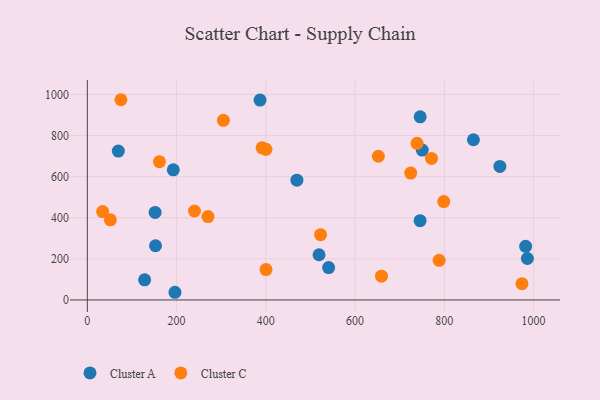
{"axis": {"x": "Speed", "y": "Sales"}, "legend": ["Cluster A", "Cluster C"], "data": [{"x": "865.1", "y": 779.3, "type": "Cluster A"}, {"x": "151.9", "y": 425.7, "type": "Cluster A"}, {"x": "924.4", "y": 649.6, "type": "Cluster A"}, {"x": "982.1", "y": 261.1, "type": "Cluster A"}, {"x": "196.4", "y": 37.4, "type": "Cluster A"}, {"x": "540.7", "y": 157.5, "type": "Cluster A"}, {"x": "745.8", "y": 890.9, "type": "Cluster A"}, {"x": "152.8", "y": 263.8, "type": "Cluster A"}, {"x": "745.6", "y": 385.6, "type": "Cluster A"}, {"x": "128.4", "y": 98.2, "type": "Cluster A"}, {"x": "986.0", "y": 201.7, "type": "Cluster A"}, {"x": "192.6", "y": 632.9, "type": "Cluster A"}, {"x": "69.5", "y": 724.3, "type": "Cluster A"}, {"x": "469.6", "y": 582.6, "type": "Cluster A"}, {"x": "519.2", "y": 220.0, "type": "Cluster A"}, {"x": "750.4", "y": 729.0, "type": "Cluster A"}, {"x": "387.0", "y": 972.5, "type": "Cluster A"}, {"x": "724.6", "y": 617.1, "type": "Cluster C"}, {"x": "161.6", "y": 672.6, "type": "Cluster C"}, {"x": "34.3", "y": 429.8, "type": "Cluster C"}, {"x": "798.6", "y": 478.8, "type": "Cluster C"}, {"x": "304.9", "y": 873.9, "type": "Cluster C"}, {"x": "75.3", "y": 974.1, "type": "Cluster C"}, {"x": "400.4", "y": 147.7, "type": "Cluster C"}, {"x": "522.6", "y": 317.5, "type": "Cluster C"}, {"x": "652.1", "y": 699.1, "type": "Cluster C"}, {"x": "400.2", "y": 733.0, "type": "Cluster C"}, {"x": "788.3", "y": 192.8, "type": "Cluster C"}, {"x": "270.3", "y": 405.8, "type": "Cluster C"}, {"x": "973.9", "y": 79.4, "type": "Cluster C"}, {"x": "771.2", "y": 688.7, "type": "Cluster C"}, {"x": "51.6", "y": 389.7, "type": "Cluster C"}, {"x": "659.1", "y": 115.9, "type": "Cluster C"}, {"x": "240.1", "y": 432.9, "type": "Cluster C"}, {"x": "738.8", "y": 762.1, "type": "Cluster C"}, {"x": "391.5", "y": 740.1, "type": "Cluster C"}]}